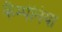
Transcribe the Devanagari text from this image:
कैम्पेनिया